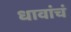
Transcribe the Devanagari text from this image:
धावांचं